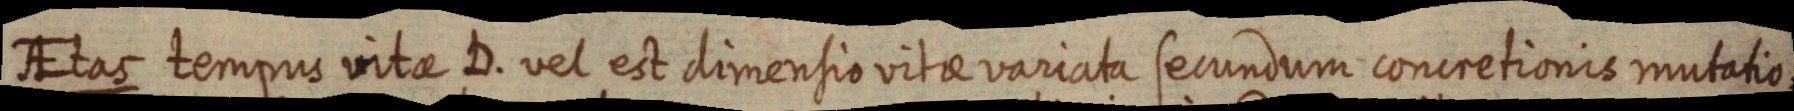
AEtas tempus vitae D. vel est dimensio vitae variata secundum concretionis mutatio